Scientific memoirs by medical officers of the Army of India - Part X,
Year: 1897
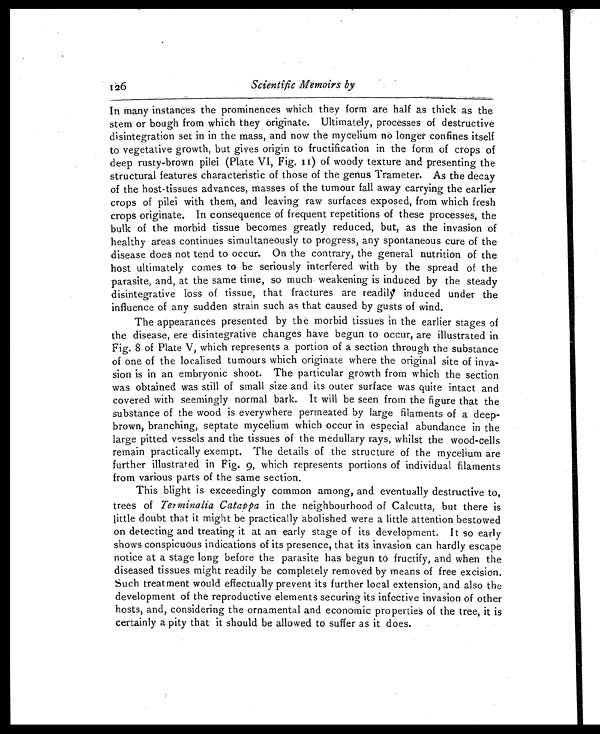
126
Scientific Memoirs by
In many instances the prominences which they form are half as thick as the
stem or bough from which they originate. Ultimately, processes of destructive
disintegration set in in the mass, and now the mycelium no longer confines itself
to vegetative growth, but gives origin to fructification in the form of crops of
deep rusty-brown pilei (Plate VI, Fig. II) of woody texture and presenting the
structural features characteristic of those of the genus Trameter. As the decay
of the host-tissues advances, masses of the tumour fall away carrying the earlier
crops of pilei with them, and leaving raw surfaces exposed, from which fresh
crops originate. In consequence of frequent repetitions of these processes, the
bulk of the morbid tissue becomes greatly reduced, but, as the invasion of
healthy areas continues simultaneously to progress, any spontaneous cure of the
disease does not tend to occur. On the contrary, the general nutrition of the
host ultimately comes to be seriously interfered with by the spread of the
parasite, and, at the same time, so much. weakening is induced by the steady
disintegrative loss of tissue, that fractures are readily induced under the
influence of any sudden strain such as that caused by gusts of wind.
The appearances presented by the morbid tissues in the earlier stages of
the disease, ere disintegrative changes have begun to occur, are illustrated in
Fig. 8 of Plate V, which represents a portion of a section through the substance
of one of the localised tumours which originate where the original site of inva-
sion is in an embryonic shoot. The particular growth from which the section
was obtained was still of small size and its outer surface was quite intact and
covered with seemingly normal bark. It will be seen from the figure that the
substance of the wood is everywhere permeated by large filaments of a deep-
brown, branching, septate mycelium which occur in especial abundance in the
large pitted vessels and the tissues of the medullary rays, whilst the wood-cells
remain practically exempt. The details of the structure of the mycelium are
further illustrated in Fig. 9, which represents portions of individual filaments
from various parts of the same section.
This blight is exceedingly common among, and eventually destructive to,
trees of Terminalia Catappa in the neighbourhood of Calcutta, but there is
little doubt that it might be practically abolished were a little attention bestowed
on detecting and treating it at an early stage of its development. It so early
shows conspicuous indications of its presence, that its invasion can hardly escape
notice at a stage long before the parasite has begun to fructify, and when the
diseased tissues might readily be completely removed by means of free excision.
Such treatment would effectually prevent its further local extension, and also the
development of the reproductive elements securing its infective invasion of other
hosts, and, considering the ornamental and economic properties of the tree, it is
certainly a pity that it should be allowed to suffer as it does.